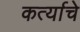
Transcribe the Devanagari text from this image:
कर्त्याचे